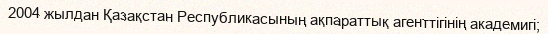
2004 жылдан Қазақстан Республикасының ақпараттық агенттігінің академигі;